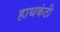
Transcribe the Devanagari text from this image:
हाथकंठी